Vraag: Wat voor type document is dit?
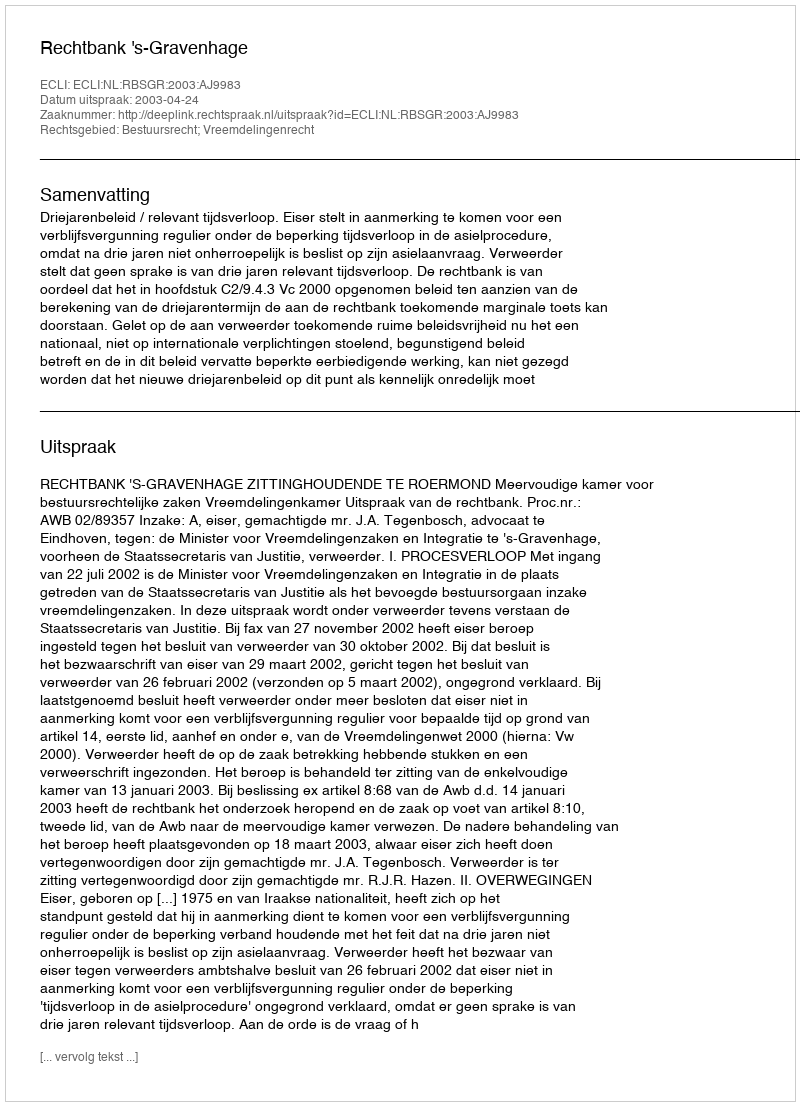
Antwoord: Uitspraak